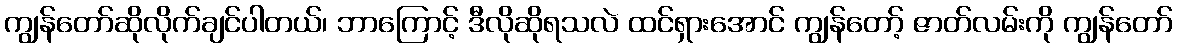
ကျွန်တော်ဆိုလိုက်ချင်ပါတယ်၊ ဘာကြောင့် ဒီလိုဆိုရသလဲ ထင်ရှားအောင် ကျွန်တော့် ဇာတ်လမ်းကို ကျွန်တော်